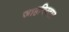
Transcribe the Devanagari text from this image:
जाहगिरदार